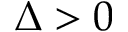
\Delta > 0